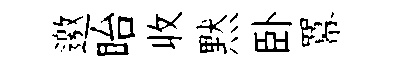
邀眙收黙卧羃